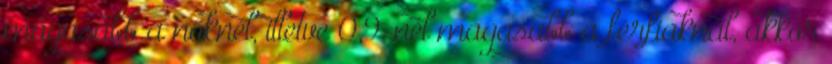
magasabb a nőknél, illetve 0,9-nél magasabb a férfiaknál, akkor